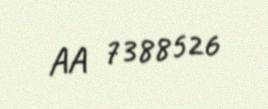
AA 7388526